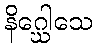
နိဂ္ဃေါသေ